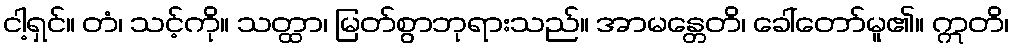
ငါ့ရှင်။ တံ၊ သင့်ကို။ သတ္ထာ၊ မြတ်စွာဘုရားသည်။ အာမန္တေတိ၊ ခေါ်တော်မူ၏။ ဣတိ၊